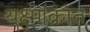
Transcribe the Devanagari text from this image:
यक्ष्माक्रांत